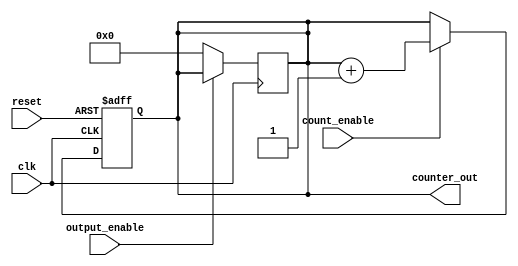
module synchronous_counter (
    input wire clk,               // Clock input
    input wire reset,             // Asynchronous reset input
    input wire count_enable,      // Count enable input
    input wire output_enable,      // Output enable input
    output reg [3:0] counter_out   // 4-bit counter output
);

    // Initial state of the counter
    initial begin
        counter_out = 4'b0000;    // Set initial state to zero
    end

    // Synchronous process for counter operation
    always @(posedge clk or posedge reset) begin
        if (reset) begin
            counter_out <= 4'b0000; // Reset counter to zero
        end else if (count_enable) begin
            counter_out <= counter_out + 1; // Increment counter
        end
        // If count_enable is not asserted, retain current value
    end

    // Output control logic
    always @(posedge clk) begin
        if (!output_enable) begin
            counter_out <= 4'b0000; // Set output to default state when output_enable is low
        end
        // If output_enable is high, counter_out retains its value
    end

endmodule